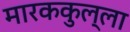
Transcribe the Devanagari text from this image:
मारककुल्ला